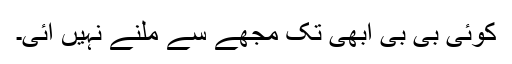
کوئی بی بی ابھی تک مجھے سے ملنے نہیں آئی۔